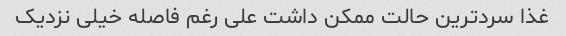
غذا سرد‌ترین حالت ممکن داشت علی رغم فاصله خیلی نزدیک